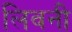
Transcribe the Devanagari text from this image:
लिवनी